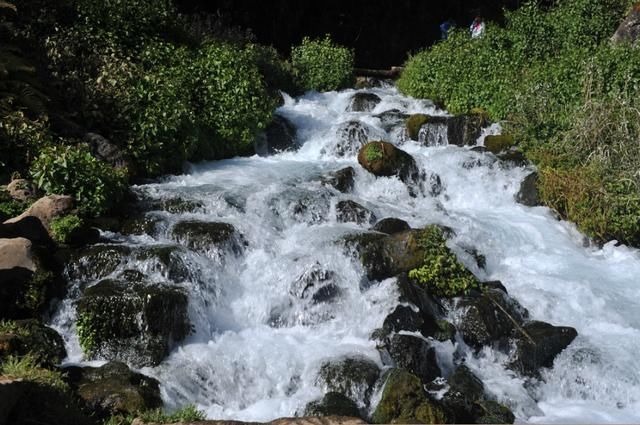
夫兵形象水，水之形，避高而趋下，兵之形，避实而击虚。水因地而制流，兵因敌而制胜。